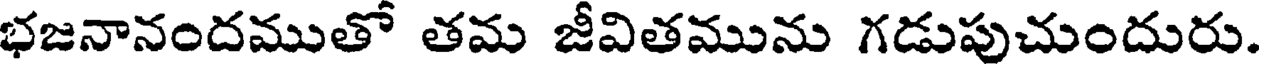
భజనానందముతో తమ జీవితమును గడుపుచుందురు.